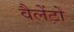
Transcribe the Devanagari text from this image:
वैलेंटो